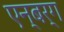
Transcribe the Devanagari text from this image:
एन्बर्ग